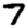
Digit: 7